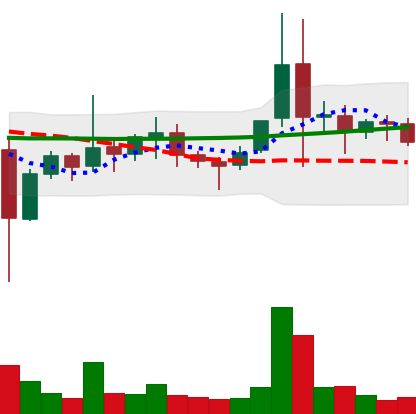
Ticker: ETC-USD
Chart end date: 2021-11-15
Forward return: -6.83%
Label: down_5_7